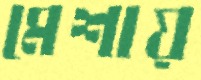
মেশায়